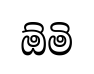
ඕමි